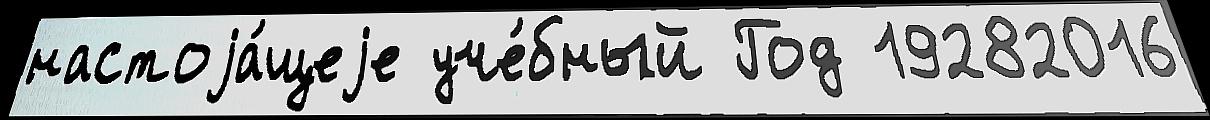
настоjа́щеjе уче́бный Год 19282016